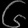
Digit: ၆